Leaving Certificate Examination (including Day School Certificate (Higher) General paper), 1937
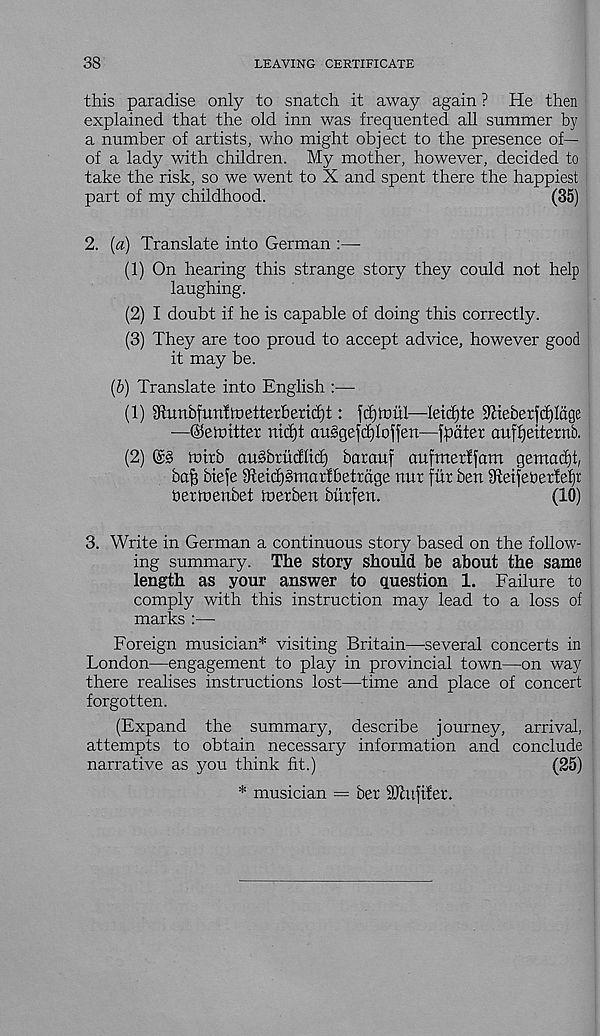
38
LEAVING CERTIFICATE
this paradise only to snatch it away again ? He then
explained that the old inn was frequented all summer by
a number of artists, who might object to the presence of—
of a lady with children. My mother, however, decided to
take the risk, so we went to X and spent there the happiest
part of my childhood.
(35)
2. {a) Translate into German :—
(1) On hearing this strange story they could not help
laughing.
(2) I doubt if he is capable of doing this correctly.
(3) They are too proud to accept advice, however good
it may be.
(6) Translate into English :—
(1) Sftunbfurtfroettetberid)!: jcfptml—leidjte ‘Tteberjdfldge
—©emitter nid)t auggejdjlojjett—jpater auffjeiternb.
(2) (£§ mitb auSbrMltd) barauf aufmerlfam gemadjt,
bajj bteje 9teict)§martbetrdge nur fur ben 9teifeberlef)r
bermenbet toerben biirfen.
(10)
3. Write in German a continuous story based on the follow-
ing summary. The story should be about the same
length as your answer to question 1. Failure to
comply with this instruction may lead to a loss of
marks :—
Foreign musician* visiting Britain—-several concerts in
London—engagement to play in provincial town—on way
there realises instructions lost—time and place of concert
forgotten.
(Expand the summary, describe journey, arrival,
attempts to obtain necessary information and conclude
narrative as you think fit.)
(25)
* musician = ber STufifer.